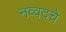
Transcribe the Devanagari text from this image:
नव्वदचे